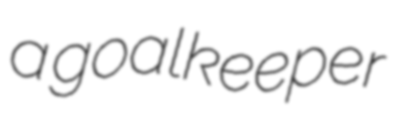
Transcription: a goalkeeper